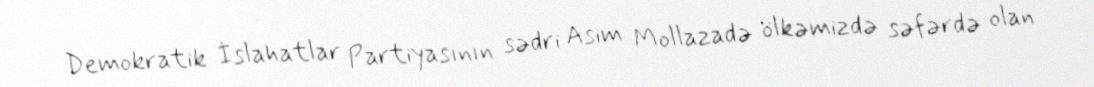
Demokratik İslahatlar Partiyasının sədri Asim Mollazadə ölkəmizdə səfərdə olan